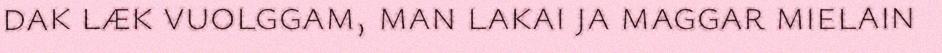
dak læk vuolggam, man lakai ja maggar mielain